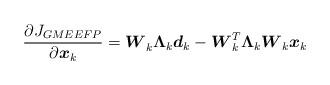
LaTeX: \begin{align*}\frac{{\partial {J_{GMEEFP}}}}{{\partial {{\boldsymbol{x}}_k}}} = {\boldsymbol{W}}_k^{}{{\boldsymbol{\Lambda }}_k}{{\boldsymbol{d}}_k} - {\boldsymbol{W}}_k^T{{\boldsymbol{\Lambda }}_k}{{\boldsymbol{W}}_k}{{\boldsymbol{x}}_k}\end{align*}